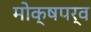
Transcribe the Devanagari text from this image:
मोक्षपर्व